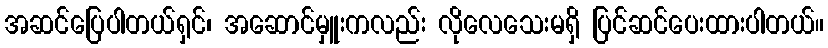
အဆင်ပြေပါတယ်ရှင်၊ အဆောင်မှူးကလည်း လိုလေသေးမရှိ ပြင်ဆင်ပေးထားပါတယ်။